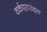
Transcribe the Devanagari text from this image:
वर्कएराउंड्स